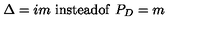
\Delta = i m \ \mathrm { i n s t e a d o f } \ P _ { D } = m